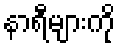
နာရီများကို